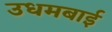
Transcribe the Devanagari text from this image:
उधमबाई